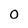
Character: O